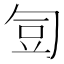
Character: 𭅋